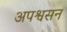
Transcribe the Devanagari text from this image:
अपश्वसन